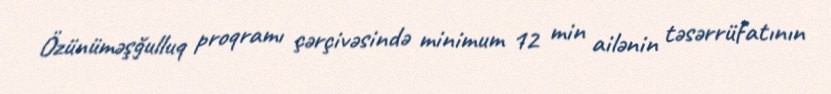
Özünüməşğulluq proqramı çərçivəsində minimum 12 min ailənin təsərrüfatının